Report on the bubonic plague in Bombay, 1896-1897
Year: 1896
Disease focus: Plague
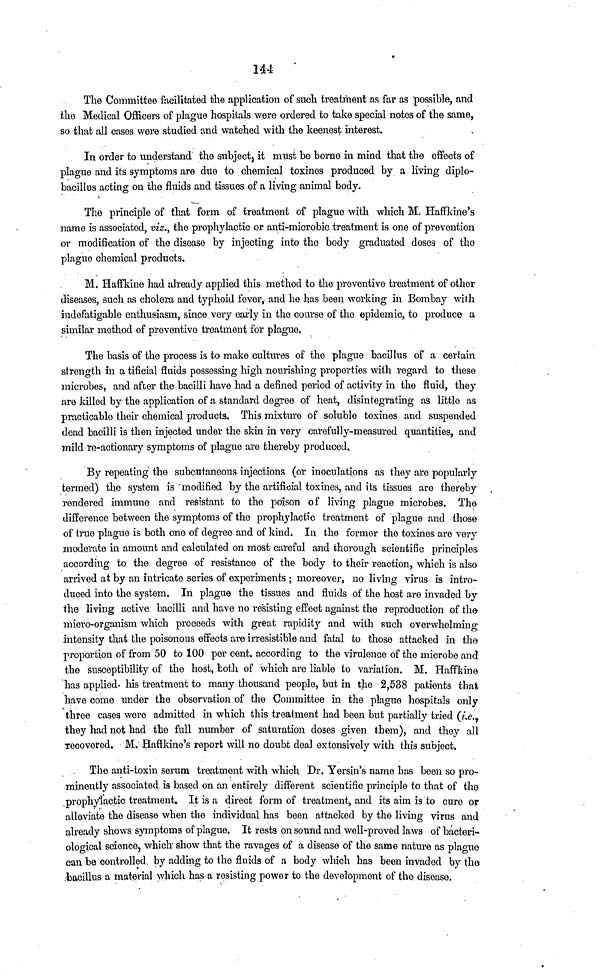
144
The Committee facilitated the application of such treatment as far as possible, and
the Medical Officers of plague hospitals were ordered to take special notes of the same,
so that all cases were studied and watched with the keenest interest.
In order to understand the subject, it must be borne in mind that the effects of
plague and its symptoms are due to chemical toxines produced by a living diplo-
bacillus acting on the fluids and tissues of a living animal body.
The principle of that form of treatment of plague with which M, Haffkine's
name is associated, viz., the prophylactic or anti-microbic treatment is one of prevention
or modification of the disease by injecting into the body graduated doses of the
plague chemical products.
M. Haffkine had already applied this method to the preventive treatment of other
diseases, such as cholera and typhoid fever, and he has been working in Bombay with
indefatigable enthusiasm, since very early in the course of the epidemic, to produce a
similar method of preventive treatment for plague.
The basis of the process is to make cultures of the plague bacillus of a certain
strength in a tificial fluids possessing high nourishing properties with regard to these
microbes, and after the bacilli have had a defined period of activity in the fluid, they
are killed by the application of a standard degree of heat, disintegrating as little as
practicable their chemical products. This mixture of soluble toxines and suspended
dead bacilli is then injected under the skin in very carefully-measured quantities, and
mild re-actionary symptoms of plague are thereby produced.
By repeating the subcutaneous injections (or inoculations as they are popularly
termed) the system is modified by the artificial toxines, and its tissues are thereby
rendered immune and resistant to the poison of living plague microbes. The
difference between the symptoms of the prophylactic treatment of plague and those
of true plague is both one of degree and of kind. In the former the toxines are very
moderate in amount and calculated on most careful and thorough scientific principles,
according to the degree of resistance of the body to their reaction, which is also
arrived at by an intricate series of experiments ; moreover, no living virus is intro-
duced into the system. In plague the tissues and fluids of the host are invaded by
the living active bacilli and have no resisting effect against the reproduction of the
micro-organism which proceeds with great rapidity and with such overwhelming
intensity that the poisonous effects are irresistible and fatal to those attacked in the
proportion of from 50 to 100 per cent. according to the virulence of the microbe and
the susceptibility of the host, both of which are liable to variation. M. Haffkine
has applied- his treatment to many thousand people, but in the 2,538 patients that
have come under the observation of the Committee in the plague hospitals only
three cases were admitted in which this treatment had been but partially tried (i.e.
they had not had the full number of saturation doses given them), and they all
recovered.
M. Haffkine's report will no doubt deal extensively with this subject.
The anti-toxin serum treatment with which Dr. Yersin's name has been so pro-
minently associated is based on an entirely different scientific principle to that of the
prophylactic treatment. It is a direct form of treatment, and its aim is to cure or
alleviate the disease when the individual has been attacked by the living virus and
already shows symptoms of plague. It rests on sound and well-proved laws of bacteri-
ological science, which show that the ravages of a disease of the same nature as plague
can be controlled, by adding to the fluids of a body which has been invaded by the
bacillus a material which has a resisting power to the development of the disease.